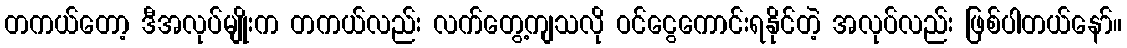
တကယ်တော့ ဒီအလုပ်မျိုးက တကယ်လည်း လက်တွေ့ကျသလို ဝင်ငွေကောင်းရနိုင်တဲ့ အလုပ်လည်း ဖြစ်ပါတယ်နော်။